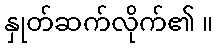
နှုတ်ဆက်လိုက်၏ ။